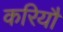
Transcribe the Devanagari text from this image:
करियौ